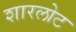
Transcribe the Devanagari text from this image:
शारलोट